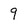
Character: 9